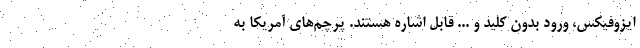
ایزوفیکس، ورود بدون کلید و ... قابل اشاره هستند. پرچم‌های آمریکا به